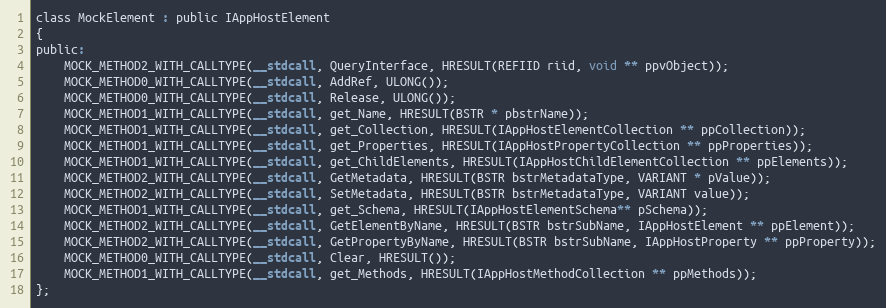
Language: C
class MockElement : public IAppHostElement
{
public:
    MOCK_METHOD2_WITH_CALLTYPE(__stdcall, QueryInterface, HRESULT(REFIID riid, void ** ppvObject));
    MOCK_METHOD0_WITH_CALLTYPE(__stdcall, AddRef, ULONG());
    MOCK_METHOD0_WITH_CALLTYPE(__stdcall, Release, ULONG());
    MOCK_METHOD1_WITH_CALLTYPE(__stdcall, get_Name, HRESULT(BSTR * pbstrName));
    MOCK_METHOD1_WITH_CALLTYPE(__stdcall, get_Collection, HRESULT(IAppHostElementCollection ** ppCollection));
    MOCK_METHOD1_WITH_CALLTYPE(__stdcall, get_Properties, HRESULT(IAppHostPropertyCollection ** ppProperties));
    MOCK_METHOD1_WITH_CALLTYPE(__stdcall, get_ChildElements, HRESULT(IAppHostChildElementCollection ** ppElements));
    MOCK_METHOD2_WITH_CALLTYPE(__stdcall, GetMetadata, HRESULT(BSTR bstrMetadataType, VARIANT * pValue));
    MOCK_METHOD2_WITH_CALLTYPE(__stdcall, SetMetadata, HRESULT(BSTR bstrMetadataType, VARIANT value));
    MOCK_METHOD1_WITH_CALLTYPE(__stdcall, get_Schema, HRESULT(IAppHostElementSchema** pSchema));
    MOCK_METHOD2_WITH_CALLTYPE(__stdcall, GetElementByName, HRESULT(BSTR bstrSubName, IAppHostElement ** ppElement));
    MOCK_METHOD2_WITH_CALLTYPE(__stdcall, GetPropertyByName, HRESULT(BSTR bstrSubName, IAppHostProperty ** ppProperty));
    MOCK_METHOD0_WITH_CALLTYPE(__stdcall, Clear, HRESULT());
    MOCK_METHOD1_WITH_CALLTYPE(__stdcall, get_Methods, HRESULT(IAppHostMethodCollection ** ppMethods));
};